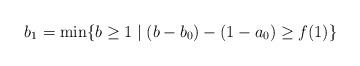
LaTeX: \begin{align*}b_1 = \min\{b\geq 1 \;|\; (b-b_0)-(1-a_0)\geq f(1)\}\end{align*}